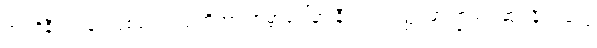
အင်ဒိုနီးရှားနဲ့ ဩစတေးလျတို့ဟာ ကမ္ဘာပေါ်မှာ နီကယ်သတ္တု အကြွယ်ဝဆုံး နိုင်ငံတွေ